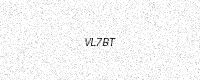
Text: VL7BT